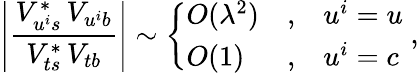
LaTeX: \left|\frac{V_{u^{i}s}^{\ast}\, V_{u^{i}b}}{V_{ts}^{\ast}\, V_{tb}}\right|\sim\left\{ \begin{array}{lcl}{{O(\lambda^{2})}}&{{,}}&{{u^{i}=u}}\\ {{O(1)}}&{{,}}&{{u^{i}=c}}\end{array}\right.\; ,